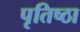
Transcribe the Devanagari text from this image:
पृतिष्ठा